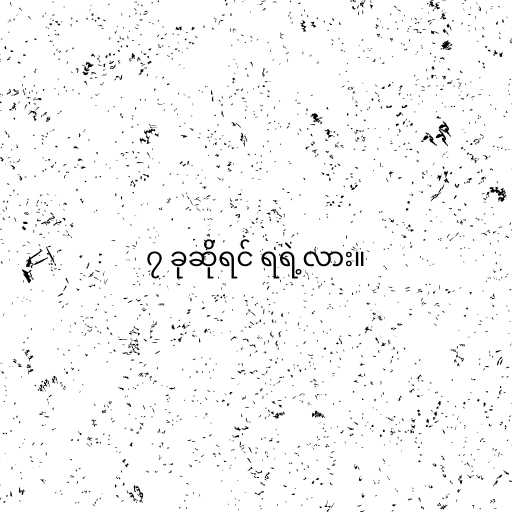
၇ ခုဆိုရင် ရရဲ့လား။